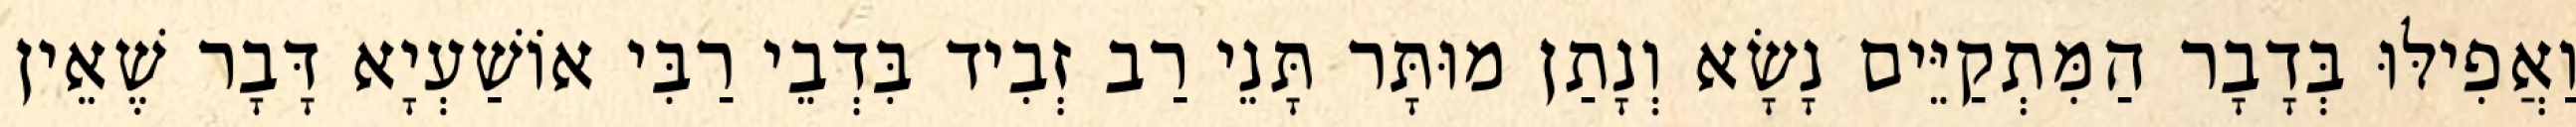
וַאֲפִילּוּ בְּדָבָר הַמִּתְקַיֵּים נָשָׂא וְנָתַן מוּתָּר תָּנֵי רַב זְבִיד בִּדְבֵי רַבִּי אוֹשַׁעְיָא דָּבָר שֶׁאֵין